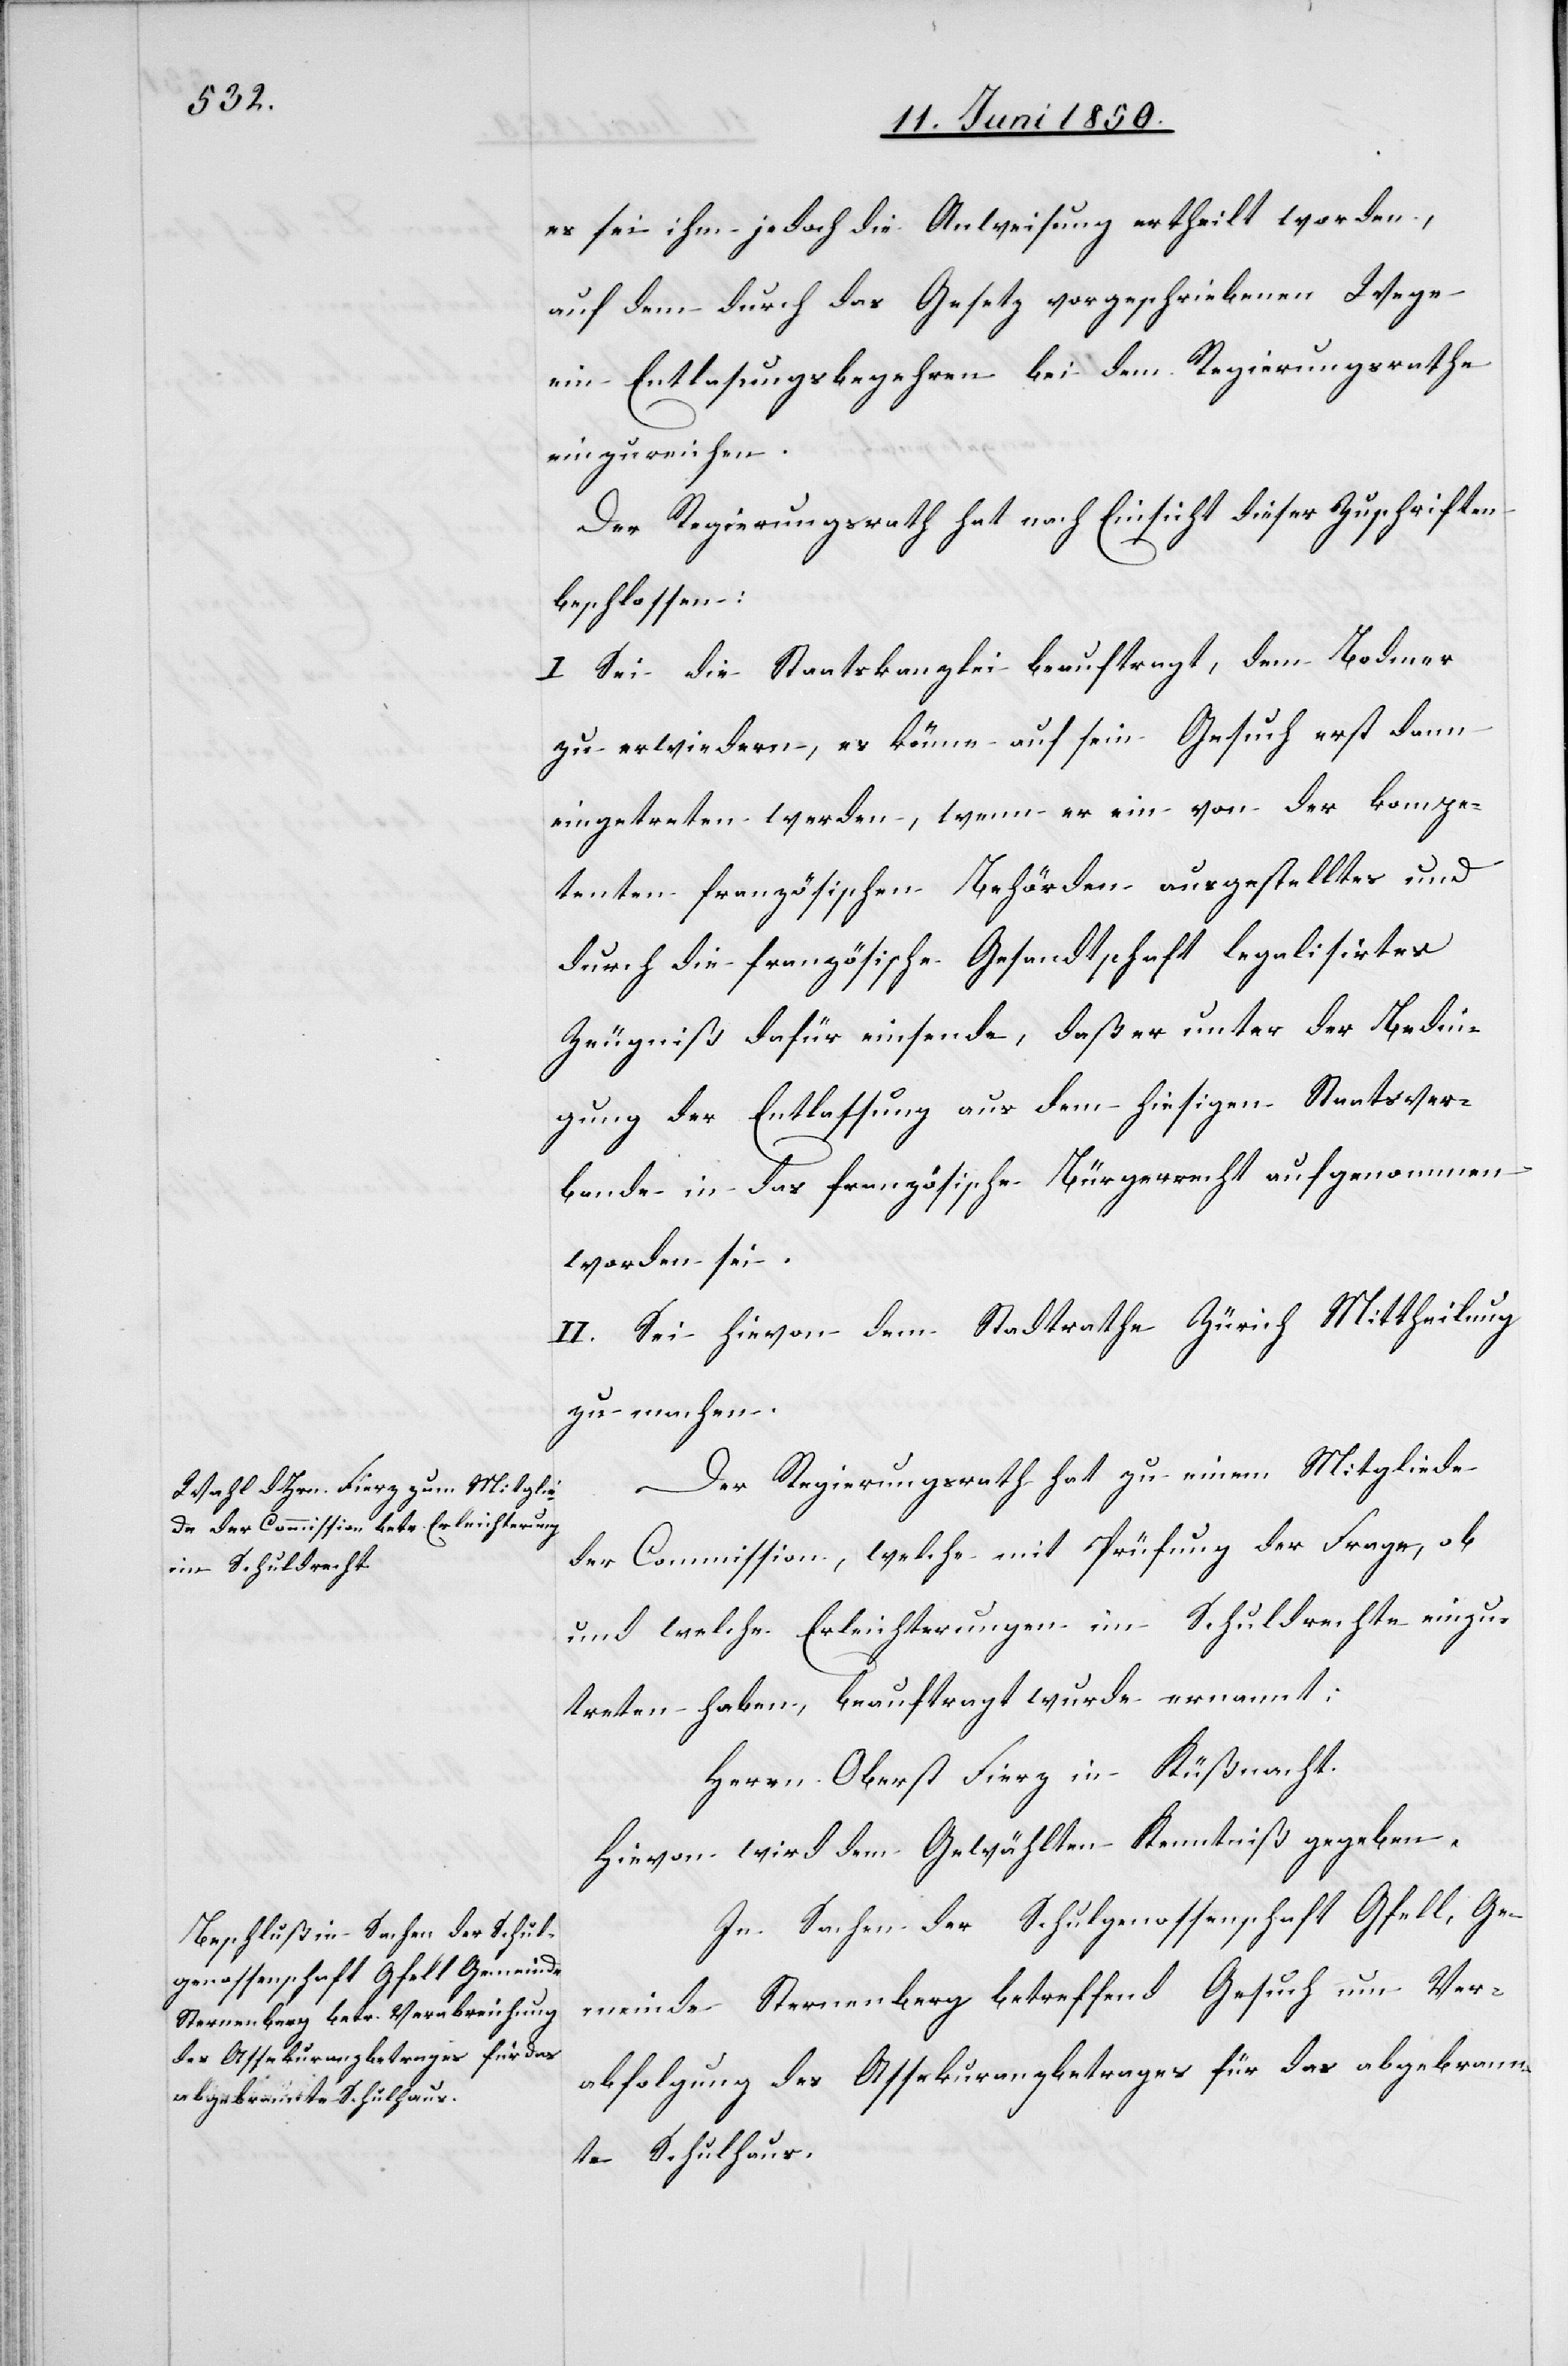
es sei ihm jedoch die Anweisung ertheilt worden,
auf dem durch das Gesetz vorgeschriebenen Wege
ein Entlasungsbegehren bei dem Regierungsrathe
einzureichen.
Der Regierungsrath hat nach Einsicht dieser Zuschriften
beschlossen:
I. Sei die Staatskanzlei beauftragt, dem Bodmer
zu erwiedern, es könne auf sein Gesuch erst dann
eingetreten werden, wenn er ein von der kompe¬
tenten französischen Behörden ausgestelltes und
durch die französische Gesandtschaft legalisirtes
Zeugniß dafür einsende, daß er unter der Bedin¬
gung der Entlassung aus dem hiesigen Staatsver¬
bande in das französische Bürgerrecht aufgenommen
worden sei.
II. Sei hievon dem Stadtrathe Zürich Mittheilung
zu machen.
Der Regierungsrath hat zu einem Mitgliede
der Commission, welche mit Prüfung der Frage, ob
und welche Erleichterungen im Schuldrechte einzu¬
treten haben, beauftragt wurde ernannt:
Herrn Oberst Fierz in Küßnacht.
Hievon wird dem Gewählten Kenntniß gegeben.
In Sachen der Schulgenossenschaft Gfell, Ge¬
meinde Sternenberg betreffend Gesuch um Ver¬
abfolgung des Assekuranzbetrages für das abgebrann¬
te Schulhaus,